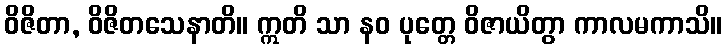
ဝိဇိတာ, ဝိဇိတသေနာတိ။ ဣတိ သာ နဝ ပုတ္တေ ဝိဇာယိတွာ ကာလမကာသိ။